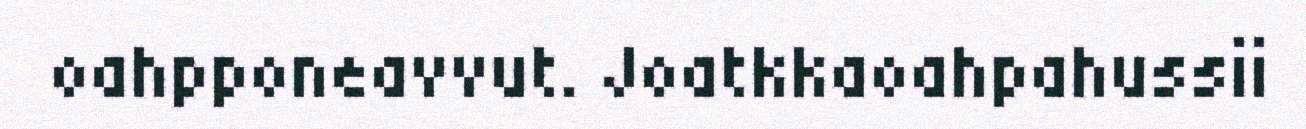
oahpponeavvut. Joatkkaoahpahussii